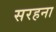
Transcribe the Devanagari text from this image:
सरहना